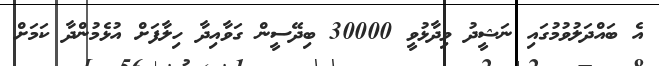
އެ ބައްދަލުވުމުގައި ނަޝީދު ވިދާޅުވީ 30000 ބިދޭސީން ގަވާއިދާ ހިލާފަށް އުޅެމުންދާ ކަމަށް